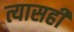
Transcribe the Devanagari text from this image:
त्यासही